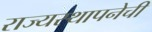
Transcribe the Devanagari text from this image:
राज्यस्थापनेची